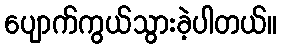
ပျောက်ကွယ်သွားခဲ့ပါတယ်။